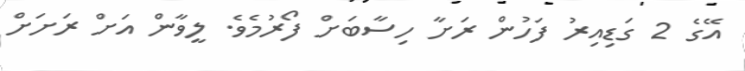
އޭގެ 2 ގަޑިއިރު ފަހުން ރަށާ ހިސާބަށް ފޯރުމެވެ. ލީވާން އަށް ރަށަށް